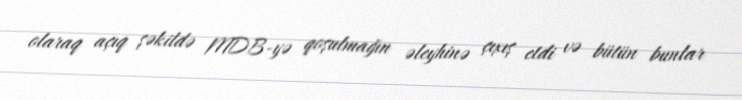
olaraq açıq şəkildə MDB-yə qoşulmağın əleyhinə çıxış etdi və bütün bunlar